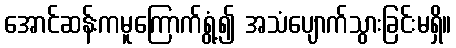
အောင်ဆန်းကမူကြောက်ရွံ့၍ အသံပျောက်သွားခြင်းမရှိ။